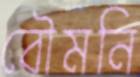
বৌমনি